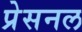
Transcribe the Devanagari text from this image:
प्रेसनल